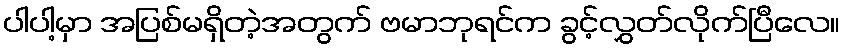
ပါပါ့မှာ အပြစ်မရှိတဲ့အတွက် ဗမာဘုရင်က ခွင့်လွှတ်လိုက်ပြီလေ။